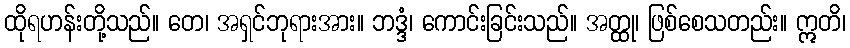
ထိုရဟန်းတို့သည်။ တေ၊ အရှင်ဘုရားအား။ ဘဒ္ဒံ၊ ကောင်းခြင်းသည်။ အတ္ထု၊ ဖြစ်စေသတည်း။ ဣတိ၊